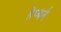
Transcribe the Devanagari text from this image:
हेप्बर्न